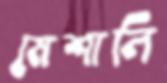
মেশালি